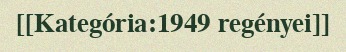
[[Kategória:1949 regényei]]